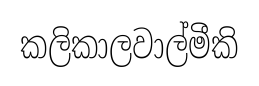
කලිකාලවාල්මීකි